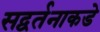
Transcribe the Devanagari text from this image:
सद्वर्तनाकडे